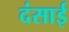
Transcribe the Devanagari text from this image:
दंसाई